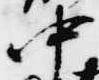
中